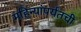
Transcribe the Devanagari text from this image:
महिन्यांपर्यंतची